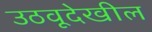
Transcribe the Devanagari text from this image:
उठवूदेखील